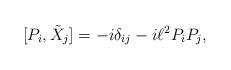
LaTeX: \begin{align*} [P_i, \tilde{X}_j] = - i \delta_{ij} - i \ell^2 P_i P_j,\end{align*}